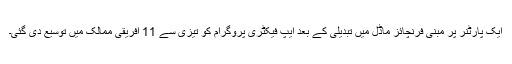
ایک پارٹنر پر مبنی فرنچائز ماڈل میں تبدیلی کے بعد ایپ فیکٹری پروگرام کو تیزی سے 11 افریقی ممالک میں توسیع دی گئی۔